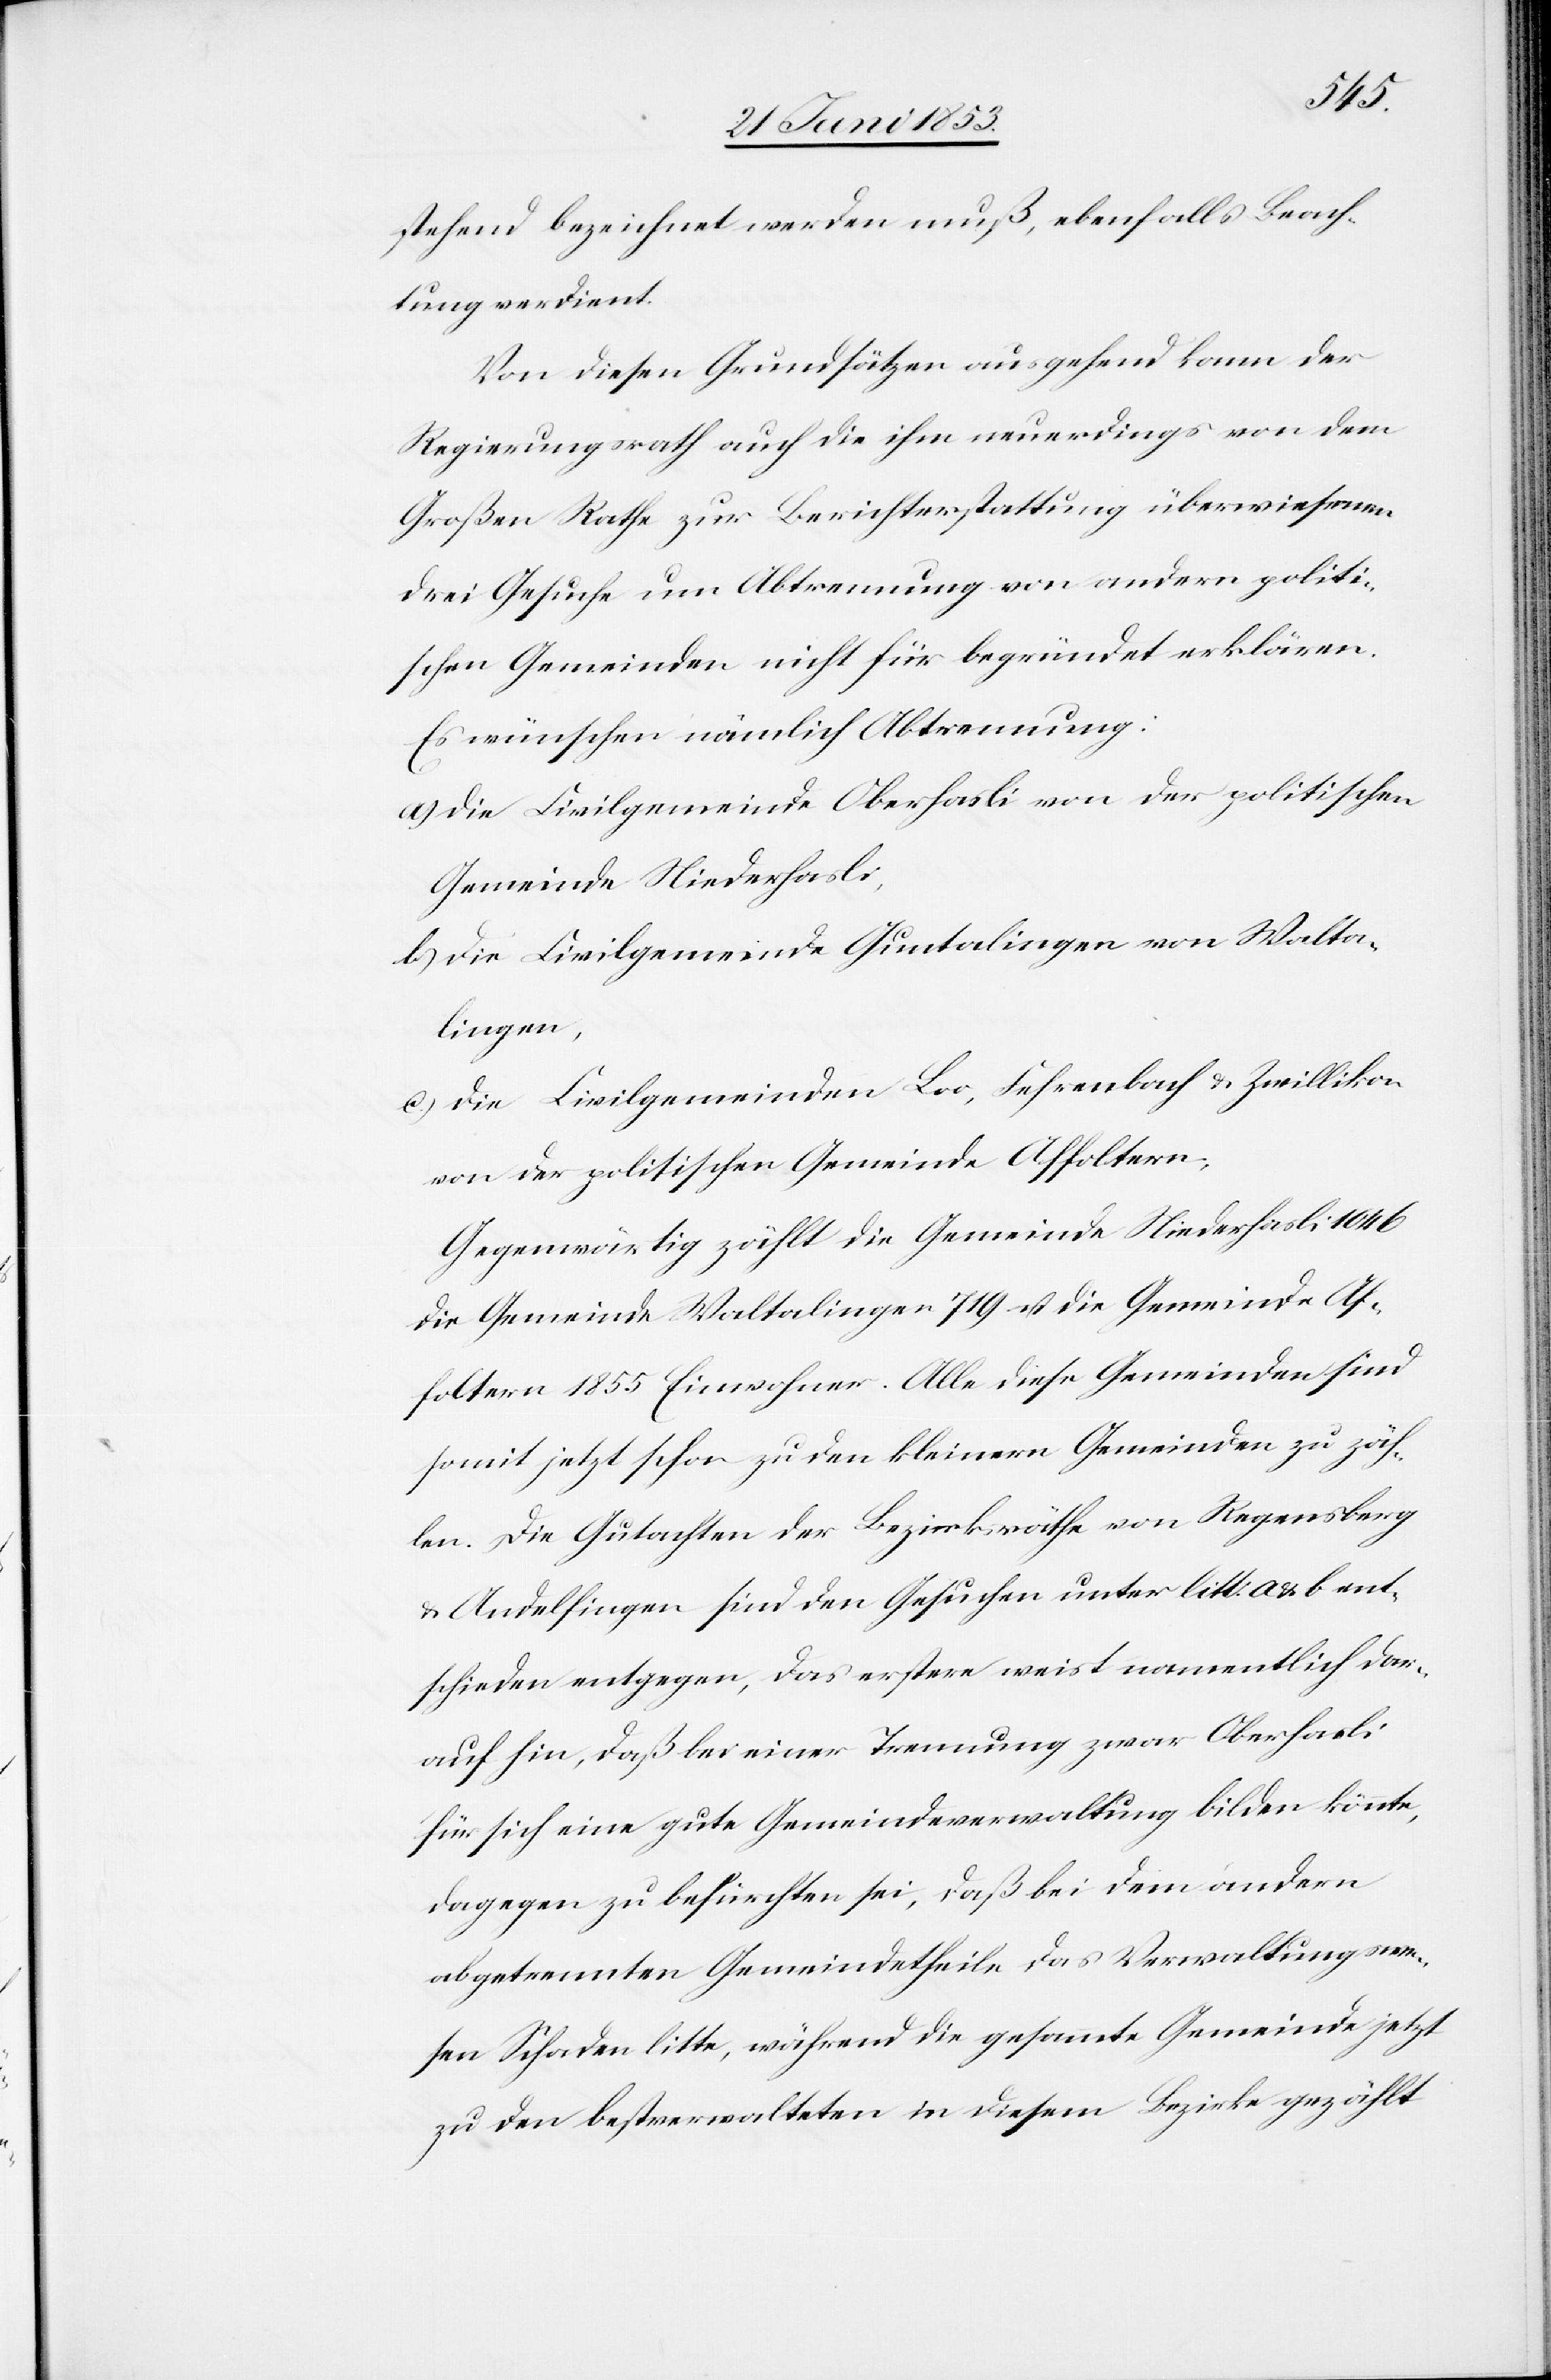
stehend bezeichnet werden muß, ebenfalls Beach¬
tung verdient.
Von diesen Grundsätzen ausgehend kann der
Regierungsrath auch die ihm neuerdings von dem
Großen Rathe zur Berichterstattung überwiesenen
drei Gesuche um Abtrennung von andern politi¬
schen Gemeinden nicht für begründet erklären.
Es wünschen nämlich Abtrennung:
a) die Civilgemeinde Oberhasli von der politischen
Gemeinde Niederhasli,
b) die Civilgemeinde Guntalingen von Walta¬
lingen,
c) die Civilgemeinden Loo, Fehrenbach u. Zwillikon
von der politischen Gemeinde Affoltern.
Gegenwärtig zählt die Gemeinde Niederhasli 1046
die Gemeinde Waltalingen 719 u. die Gemeinde Af¬
foltern 1855 Einwohner. Alle diese Gemeinden sind
soweit jetzt schon zu den kleinern Gemeinden zu zäh¬
len. Die Gutachten der Bezirksräthe von Regensberg
u. Andelfingen sind den Gesuchen unter litt. a. u. b ent¬
schieden entgegen, das erstere meist namentlich dar¬
auf hin, daß bei einer Trennung zwar Oberhasli
für sich eine gute Gemeindeverwaltung bilden könnte,
dagegen zu befürchten sei, daß bei dem andern
abgetrennten Gemeindetheile das Verwaltungswe¬
sen Schaden litte, während die gesammte Gemeinde jetzt
zu den bestverwalteten in diesem Bezirke gezählt